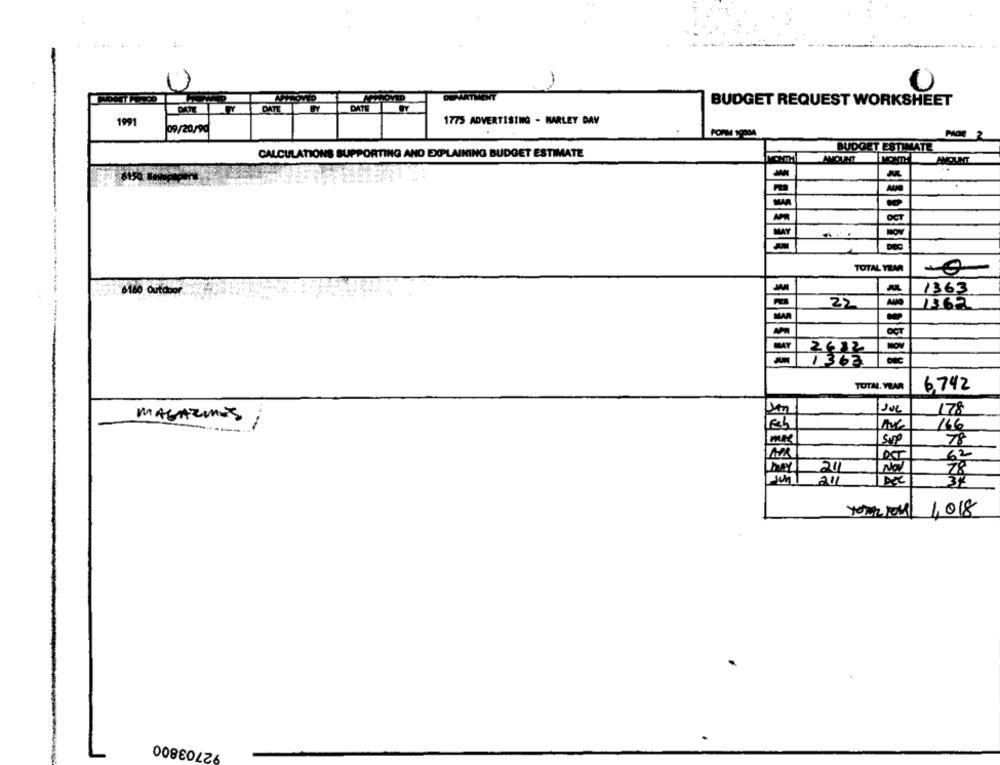
0
DATE
BUDGET REQUEST WORKSHEET
DATE
1991
1775 ADVERTISING - MARLEY DAY
09/20/99
FORM 19904
PAGE
CALCULATIONS SUPPORTING AND EXPLAINING BUDGET ESTIMATE
BUDGET ESTIMATE
MONTH
OCT
MAY
pec
TOTAL YEM
1363
6160 Outdoor
22
1362
OCT
TOTAL. YEAR
6,742
JUL
178
MAGAZINES
166
sup
78
OST
62
20
NOV
au
32
SELLE
YOU JOUR 1,018
92703800